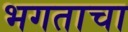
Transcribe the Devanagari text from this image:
भगताचा